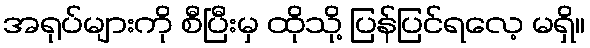
အရုပ်များကို စီပြီးမှ ထိုသို့ ပြန်ပြင်ရလေ့ မရှိ။